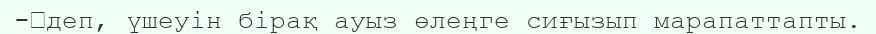
-	деп, үшеуін бірақ ауыз өлеңге сиғызып марапаттапты.